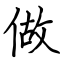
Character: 做